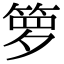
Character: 箩